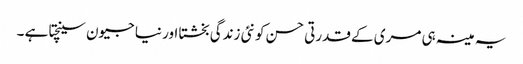
یہ مینہ ہی مری کے قدرتی حسن کو نئی زندگی بخشتا اور نیا جیون سینچتا ہے ۔